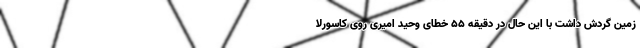
زمین گردش داشت با این حال در دقیقه ۵۵ خطای وحید امیری روی کاسورلا